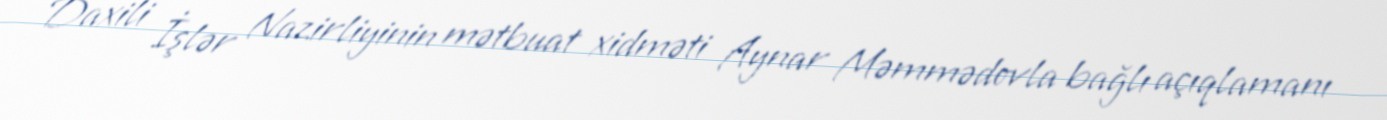
Daxili İşlər Nazirliyinin mətbuat xidməti Aynar Məmmədovla bağlı açıqlamanı